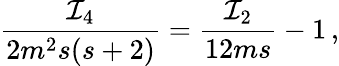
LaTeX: \frac{\mathcal{I}_{4}}{2m^{2}s(s+2)}=\frac{\mathcal{I}_{2}}{12ms}-1\, ,